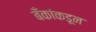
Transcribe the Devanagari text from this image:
बँकांकडून